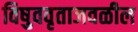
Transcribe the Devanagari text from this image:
विषुववृताजवळील